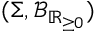
( \Sigma , \operatorname { \mathcal { B } } _ { \mathbb { R } _ { \geq 0 } } )